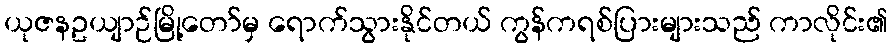
ယုဇနဥယျာဉ်မြို့တော်မှ ရောက်သွားနိုင်တယ် ကွန်ကရစ်ပြားများသည် ကာလိုင်း၏